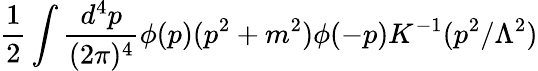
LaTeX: {\frac{1}{2}}\int{\frac{d^{4}p}{(2\pi)^{4}}}\phi(p)(p^{2}+m^{2})\phi(-p)K^{-1}(p^{2}/\Lambda^{2})